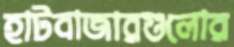
হাটবাজারগুলোর